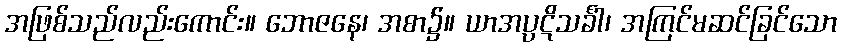
အဖြစ်သည်လည်းကောင်း။ ဘောဇနေ၊ အစာ၌။ ယာအပ္ပဋိသင်္ခါ၊ အကြင်မဆင်ခြင်သော